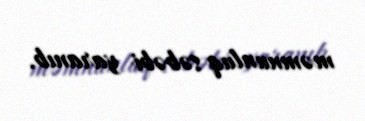
məmnunluq səbəbi yaranıb.